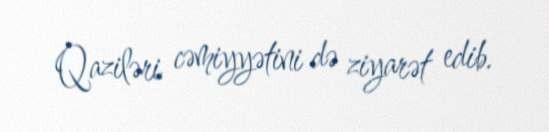
Qaziləri cəmiyyətini də ziyarət edib.